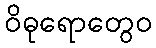
ဝိဓုရောတွေဝ